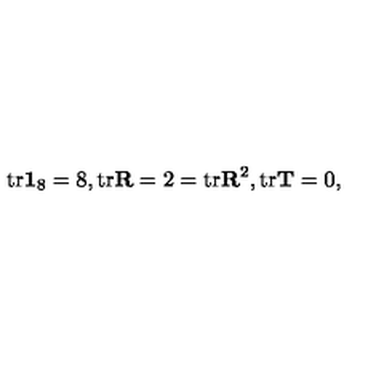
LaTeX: \mathrm { t r } \mathbf { 1 } _ { 8 } = 8 , \mathrm { t r } \mathbf { R } = 2 = \mathrm { t r } \mathbf { R } ^ { 2 } , \mathrm { t r } \mathbf { T } = 0 ,